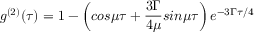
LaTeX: g ^ { ( 2 ) } ( \tau ) = 1 - \left( c o s \mu \tau + { \frac { 3 \Gamma } { 4 \mu } } s i n \mu \tau \right) e ^ { - 3 \Gamma \tau / 4 }